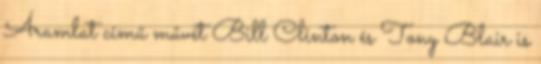
Áramlat című művét Bill Clinton és Tony Blair is